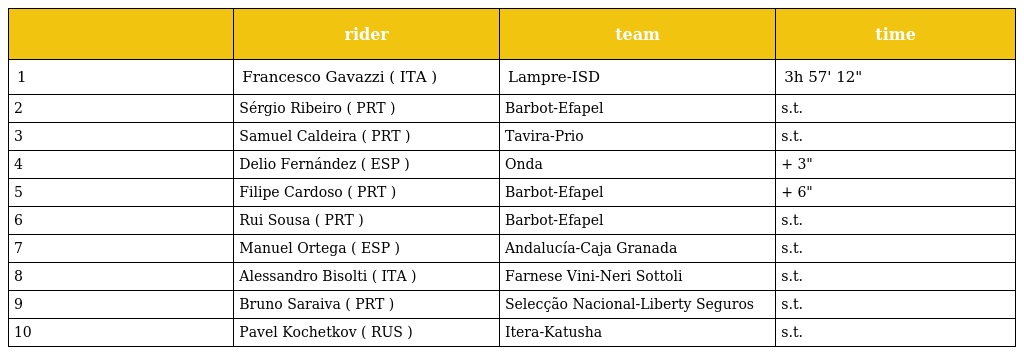
|  | rider | team | time |
 | --- | --- | --- | --- |
 | 1 | Francesco Gavazzi ( ITA ) | Lampre-ISD | 3h 57' 12" |
 | 2 | Sérgio Ribeiro ( PRT ) | Barbot-Efapel | s.t. |
 | 3 | Samuel Caldeira ( PRT ) | Tavira-Prio | s.t. |
 | 4 | Delio Fernández ( ESP ) | Onda | + 3" |
 | 5 | Filipe Cardoso ( PRT ) | Barbot-Efapel | + 6" |
 | 6 | Rui Sousa ( PRT ) | Barbot-Efapel | s.t. |
 | 7 | Manuel Ortega ( ESP ) | Andalucía-Caja Granada | s.t. |
 | 8 | Alessandro Bisolti ( ITA ) | Farnese Vini-Neri Sottoli | s.t. |
 | 9 | Bruno Saraiva ( PRT ) | Selecção Nacional-Liberty Seguros | s.t. |
 | 10 | Pavel Kochetkov ( RUS ) | Itera-Katusha | s.t. |